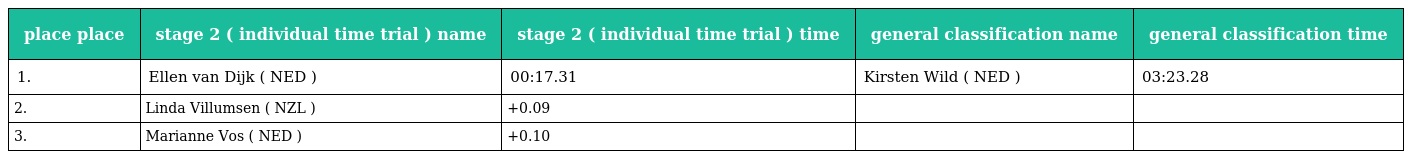
| place place | stage 2 ( individual time trial ) name | stage 2 ( individual time trial ) time | general classification name | general classification time |
 | --- | --- | --- | --- | --- |
 | 1. | Ellen van Dijk ( NED ) | 00:17.31 | Kirsten Wild ( NED ) | 03:23.28 |
 | 2. | Linda Villumsen ( NZL ) | +0.09 |  |  |
 | 3. | Marianne Vos ( NED ) | +0.10 |  |  |